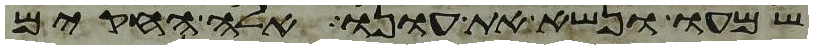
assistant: שמעו ונשא את עונו אלה החקים